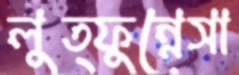
লুত্ফুন্নেসা